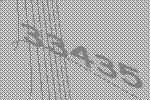
33435